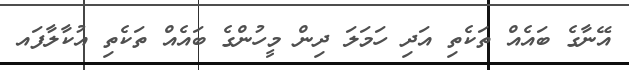
އޭނާގެ ބައެއް ތަކެތި އަދި ހަމަލަ ދިން މީހުންގެ ބައެއް ތަކެތި އުކާލާފައ